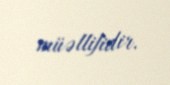
müəllifidir.